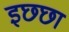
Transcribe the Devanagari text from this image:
इछ्छा